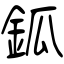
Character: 鈲